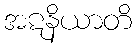
အဋနိယာတိ